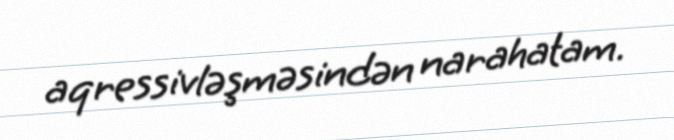
aqressivləşməsindən narahatam.